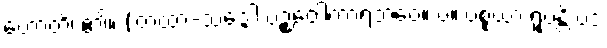
ဟောတိ၊ ၏။ (တထာ-သဒ္ဒေါ ပဉ္စဝေါကာရဘဝေ။ ပ။ ပစ္စယာ ရူပန္တိ ပဒံ